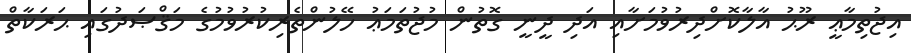
އިޖުތިމާޢީ ރޫޙު އާލާކޮށްދިރުވުމަށާއި އަދި ދީނީ ގޮތުން މުޖުތަމަޢު ހޭލުންތެރިކުރުވުމުގެ މަޤްޞަދުގައި ޙަރަކާތް